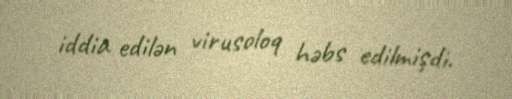
iddia edilən virusoloq həbs edilmişdi.